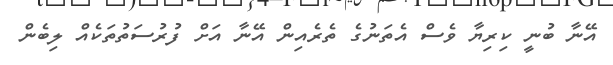
އޭނާ ބުނީ ކިރިޔާ ވެސް އެތަނުގެ ތެރެއިން އޭނާ އަށް ފުރުސަތުތަކެއް ލިބެން